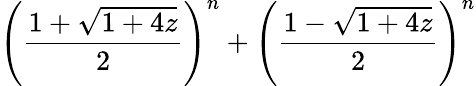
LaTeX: \left({\frac{1+{\sqrt{1+4z}}}{2}}\right)^{n}+\left({\frac{1-{\sqrt{1+4z}}}{2}}\right)^{n}